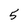
Character: 5